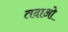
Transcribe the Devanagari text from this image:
तदाओ